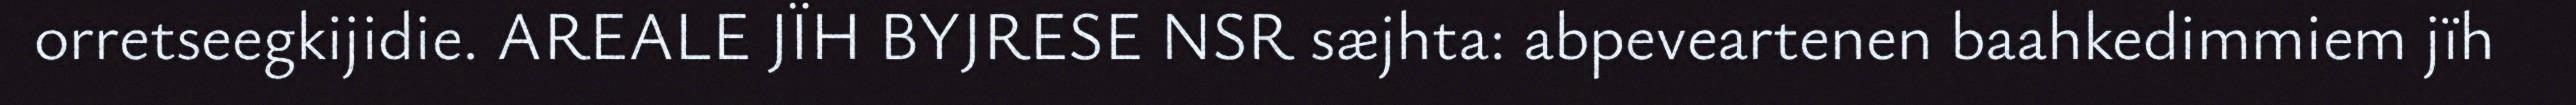
orretseegkijidie. AREALE JÏH BYJRESE NSR sæjhta: abpeveartenen baahkedimmiem jïh